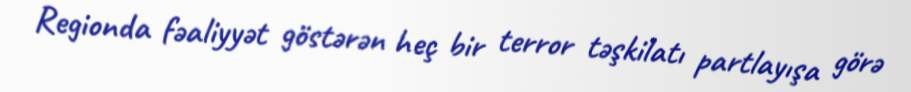
Regionda fəaliyyət göstərən heç bir terror təşkilatı partlayışa görə